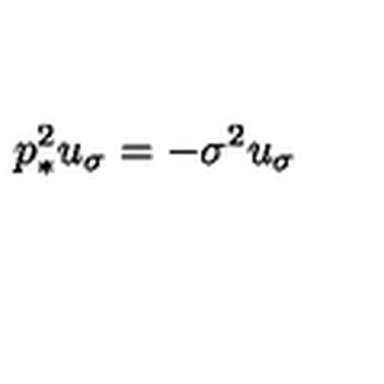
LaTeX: p _ { * } ^ { 2 } u _ { \sigma } = - \sigma ^ { 2 } u _ { \sigma }